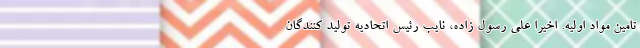
تامین مواد اولیه. اخیرا علی رسول زاده، نایب رئیس اتحادیه تولید کنندگان